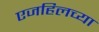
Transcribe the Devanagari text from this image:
एजहिलच्या